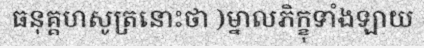
ធនុគ្គហសូត្រនោះថា )ម្នាលភិក្ខុទាំងឡាយ